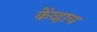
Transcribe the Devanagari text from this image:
केंव्हाच